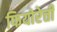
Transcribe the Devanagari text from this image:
फियोरेत्ती